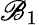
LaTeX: \mathscr{B}_{1}